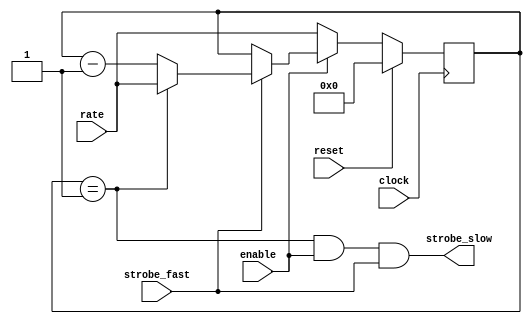
//
//  USRP2 - Universal Software Radio Peripheral Mk II
//
//  Copyright (C) 2008 Matt Ettus
// 
//  SPDX-License-Identifier: LGPL-3.0-or-later
//

//

module cic_strober
  #(parameter WIDTH=8)
    ( input clock,
      input reset,
      input enable,
      input [WIDTH-1:0] rate, // Rate should EQUAL to your desired divide ratio, no more -1 BS
      input strobe_fast,
      output wire strobe_slow );
   
   reg [WIDTH-1:0] counter;
   wire      now = (counter==1);
   assign    strobe_slow = now && enable && strobe_fast;
   
   always @(posedge clock)
     if(reset)
       counter <= 0; 
     else if (~enable)
       counter <= rate;
     else if(strobe_fast)
       if(now)
	 counter <= rate;
       else 
	 counter <= counter - 1;
   
endmodule // cic_strober